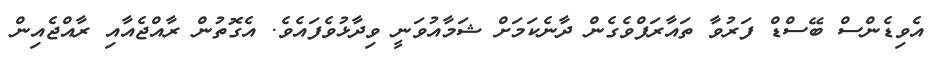
އެވިޑެންސް ބޭސްޑް ފަރުވާ ތައާރަފްވެގެން ދާނެކަމަށް ޝަމާއުވަނީ ވިދާޅުވެފައެވެ. އެގޮތުން ރާއްޖެއާއި ރާއްޖެއިން